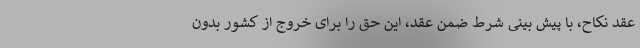
عقد نکاح، با پیش بینی شرط ضمن عقد، این حق را برای خروج از کشور بدون